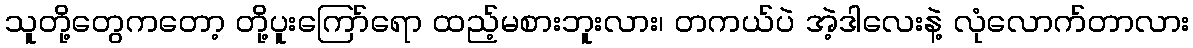
သူတို့တွေကတော့ တို့ပူးကြော်ရော ထည့်မစားဘူးလား၊ တကယ်ပဲ အဲ့ဒါလေးနဲ့ လုံလောက်တာလား